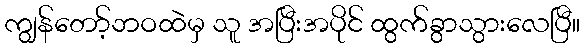
ကျွန်တော့်ဘဝထဲမှ သူ အပြီးအပိုင် ထွက်ခွာသွားလေပြီ။